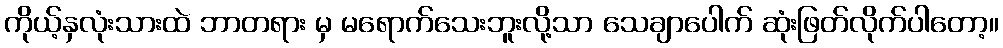
ကိုယ့်နှလုံးသားထဲ ဘာတရား မှ မရောက်သေးဘူးလို့သာ သေချာပေါက် ဆုံးဖြတ်လိုက်ပါတော့။